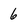
Character: 6